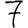
Digit: 7